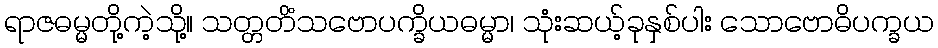
ရာဇဓမ္မတို့ကဲ့သို့။ သတ္တတိံသဗောပက္ခိယဓမ္မာ၊ သုံးဆယ့်ခုနှစ်ပါး သောဗောဓိပက္ခယ